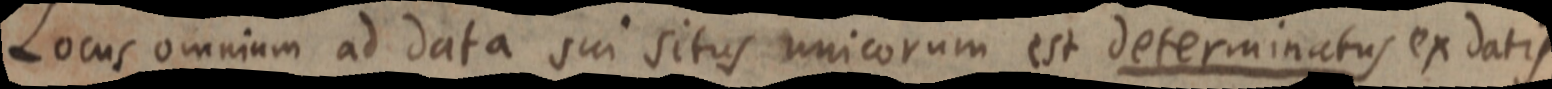
Locus omnium ad data sui situs unicorum est determinatus ex datis